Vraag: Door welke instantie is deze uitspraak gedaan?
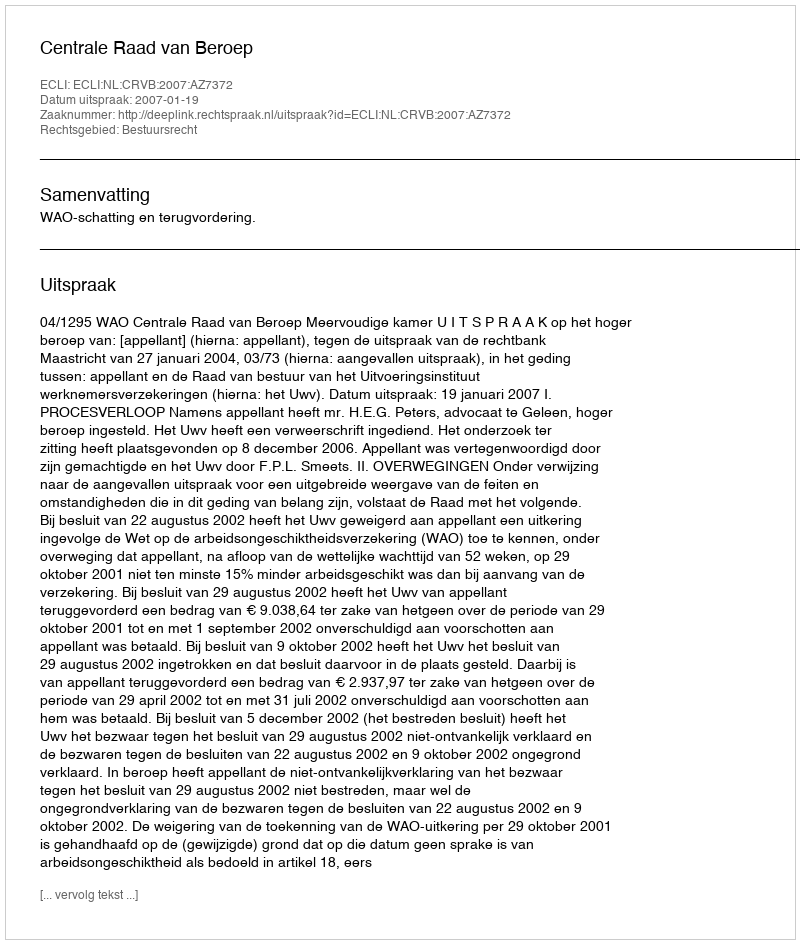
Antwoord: Centrale Raad van Beroep